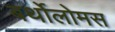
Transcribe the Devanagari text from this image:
बर्थोलोमस